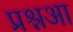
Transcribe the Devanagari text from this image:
प्रश्नआ